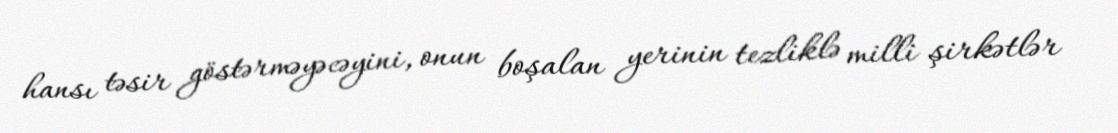
hansı təsir göstərməyəcəyini, onun boşalan yerinin tezliklə milli şirkətlər